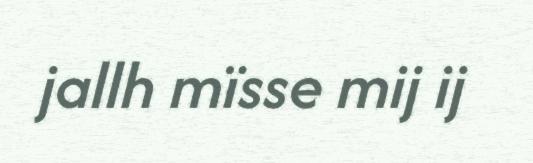
jallh mïsse mij ij